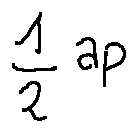
\frac { 1 } { 2 } a p